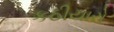
કઠીયારો